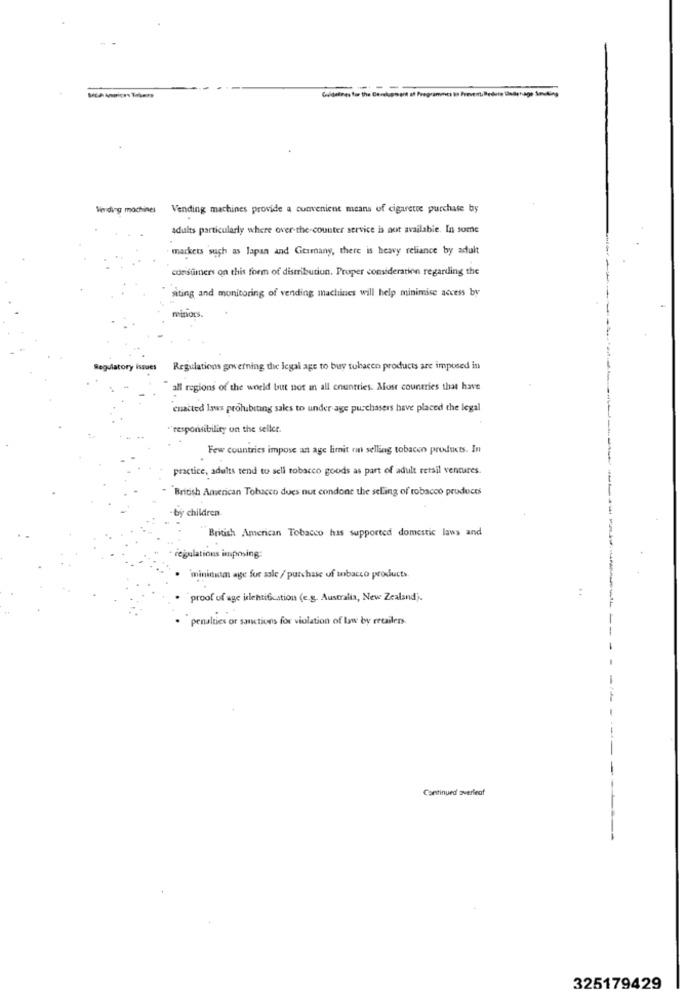
Vending machines
Vending machines provide a convenient means of cigarette purchase by
adults particularly where over-the-counter service is not available. In some
markets such as lapan and Germany, there is heavy reliance by adult
consumers on this form of distribution. Proper consideration regarding the
siting and monitoring of vending machines will help minimise access by
minors.
Regulatory issues
Regulations grwerning the legal age to buy tobacco products are imposed in
all regions of the world but not an all countries. Most countries that have
enacted laws prohibiting sales to under age purchasers have placed the legal
"responsibility on the seller.
Few countries impose an age limit on selling tobacco products. In
practice, adults tend to scli tobacco goods as part of adult retail ventures.
British American Tobacco dues nut condone the selling of tobacco products
by children.
British American Tobacco has supported domestic laws and
regulations imposing:
mininiom age for sale / purchase of tobacco products.
proof uf age identification (e.g. Australia, New Zealand).
penalties or sanctions for violation of law by retailers.
Continued averleof
325179429